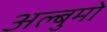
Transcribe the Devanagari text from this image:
अल्बुमो